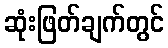
ဆုံးဖြတ်ချက်တွင်